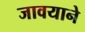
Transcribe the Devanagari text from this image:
जावयाने